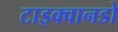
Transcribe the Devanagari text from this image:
टाइक्वानडो